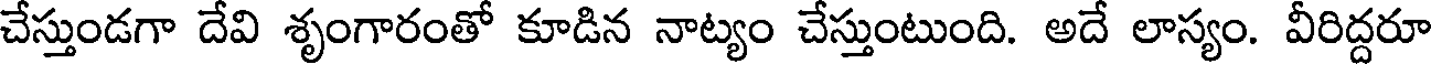
చేస్తుండగా దేవి శృంగారంతో కూడిన నాట్యం చేస్తుంటుంది. అదే లాస్యం. వీరిద్దరూ